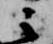
云